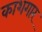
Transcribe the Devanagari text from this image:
काशगार